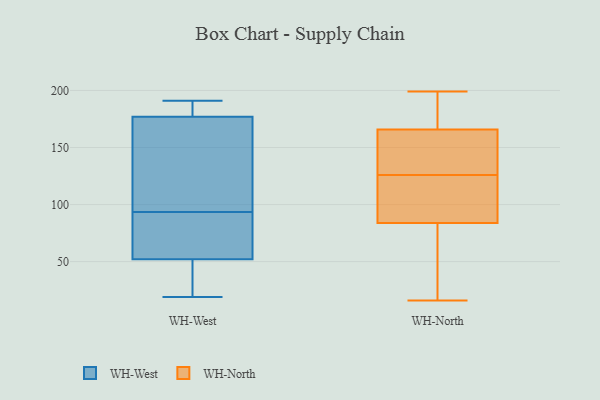
{"axis": {"x": "Headcount", "y": "Value"}, "legend": ["WH-North", "WH-West"], "data": [{"x": "", "y": 130, "type": "WH-West"}, {"x": "", "y": 19, "type": "WH-West"}, {"x": "", "y": 174, "type": "WH-West"}, {"x": "", "y": 40, "type": "WH-West"}, {"x": "", "y": 77, "type": "WH-West"}, {"x": "", "y": 184, "type": "WH-West"}, {"x": "", "y": 180, "type": "WH-West"}, {"x": "", "y": 82, "type": "WH-West"}, {"x": "", "y": 191, "type": "WH-West"}, {"x": "", "y": 33, "type": "WH-West"}, {"x": "", "y": 105, "type": "WH-West"}, {"x": "", "y": 64, "type": "WH-West"}, {"x": "", "y": 81, "type": "WH-North"}, {"x": "", "y": 116, "type": "WH-North"}, {"x": "", "y": 197, "type": "WH-North"}, {"x": "", "y": 199, "type": "WH-North"}, {"x": "", "y": 92, "type": "WH-North"}, {"x": "", "y": 53, "type": "WH-North"}, {"x": "", "y": 145, "type": "WH-North"}, {"x": "", "y": 16, "type": "WH-North"}, {"x": "", "y": 28, "type": "WH-North"}, {"x": "", "y": 172, "type": "WH-North"}, {"x": "", "y": 147, "type": "WH-North"}, {"x": "", "y": 116, "type": "WH-North"}, {"x": "", "y": 193, "type": "WH-North"}, {"x": "", "y": 130, "type": "WH-North"}, {"x": "", "y": 126, "type": "WH-North"}]}